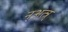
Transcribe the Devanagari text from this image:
न्अत्न्र्